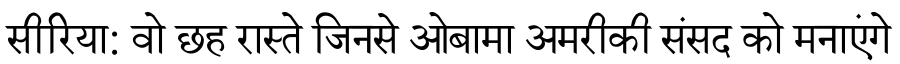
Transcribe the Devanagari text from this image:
सीरिया: वो छह रास्ते जिनसे ओबामा अमरीकी संसद को मनाएंगे